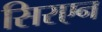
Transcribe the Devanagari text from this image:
सिरएन